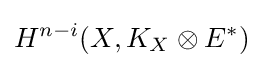
H^{n-i}(X,K_{X}\otimes E^{*})